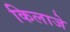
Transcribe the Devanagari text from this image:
किलाजे